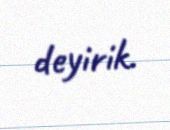
deyirik.